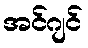
အင်ဂျင်